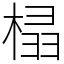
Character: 榋